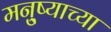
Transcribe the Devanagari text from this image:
मनु्ष्याच्या